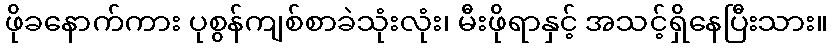
ဖိုခနောက်ကား ပုစွန်ကျစ်စာခဲသုံးလုံး၊ မီးဖိုရာနှင့် အသင့်ရှိနေပြီးသား။